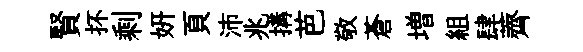
賢抔剩妍頁沛兆搆芭敬蒼増組肆薺